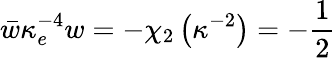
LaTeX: \bar{w}\kappa_{e}^{-4}w=-\chi_{2}\left(\kappa^{-2}\right)=-\frac{1}{2}